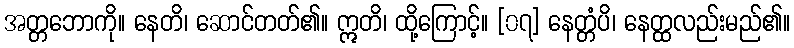
အတ္တဘောကို။ နေတိ၊ ဆောင်တတ်၏။ ဣတိ၊ ထို့ကြောင့်။ [၀၇] နေတ္တံပိ၊ နေတ္ထလည်းမည်၏။